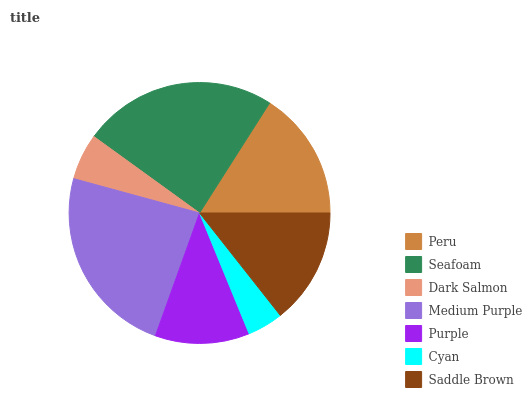
| Peru | Seafoam | Dark Salmon | Medium Purple | Purple | Cyan | Saddle Brown |
 | --- | --- | --- | --- | --- | --- | --- |
 | 15.9% | 24.1% | 5.74% | 23.7% | 11.7% | 4.43% | 14.4% |